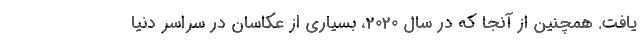
یافت. همچنین از آنجا که در سال 2020، بسیاری از عکاسان در سراسر دنیا